Vital statistics of India. Vol. V, Reports of 1876 on armies & jails and on epidemic cholera
Year: 1876
Disease focus: Cholera
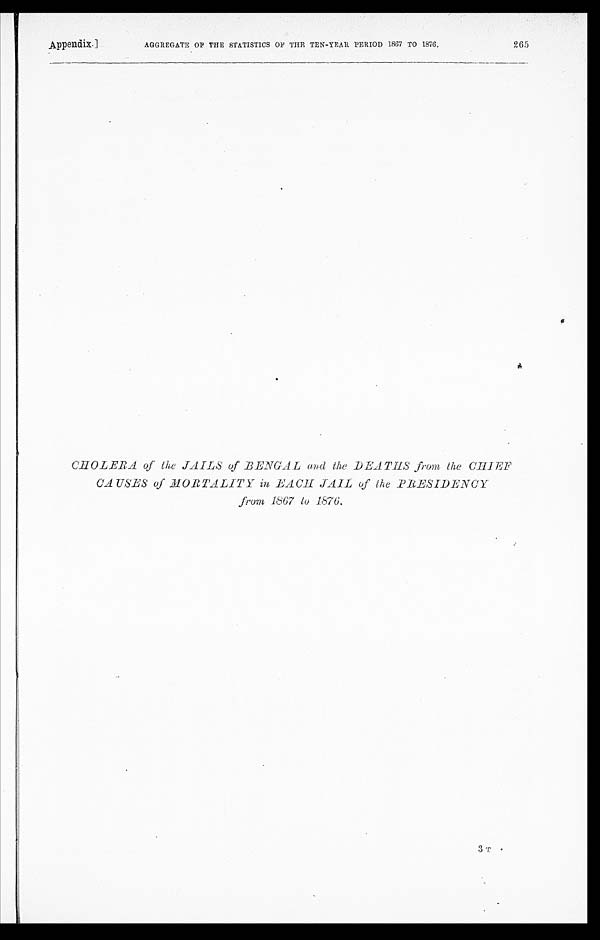
AGGREGATE OF THE STATISTICS OF THE TEN-YEAR PERIOD 1867 TO 1876.
Appendix.]
265
CHOLERA of the JAILS of BENGAL and the DEATHS from the CHIEF
CA USES of MORTALITY in EACH JAIL of the PRESIDENCY
from 1867 to 1876.
3T